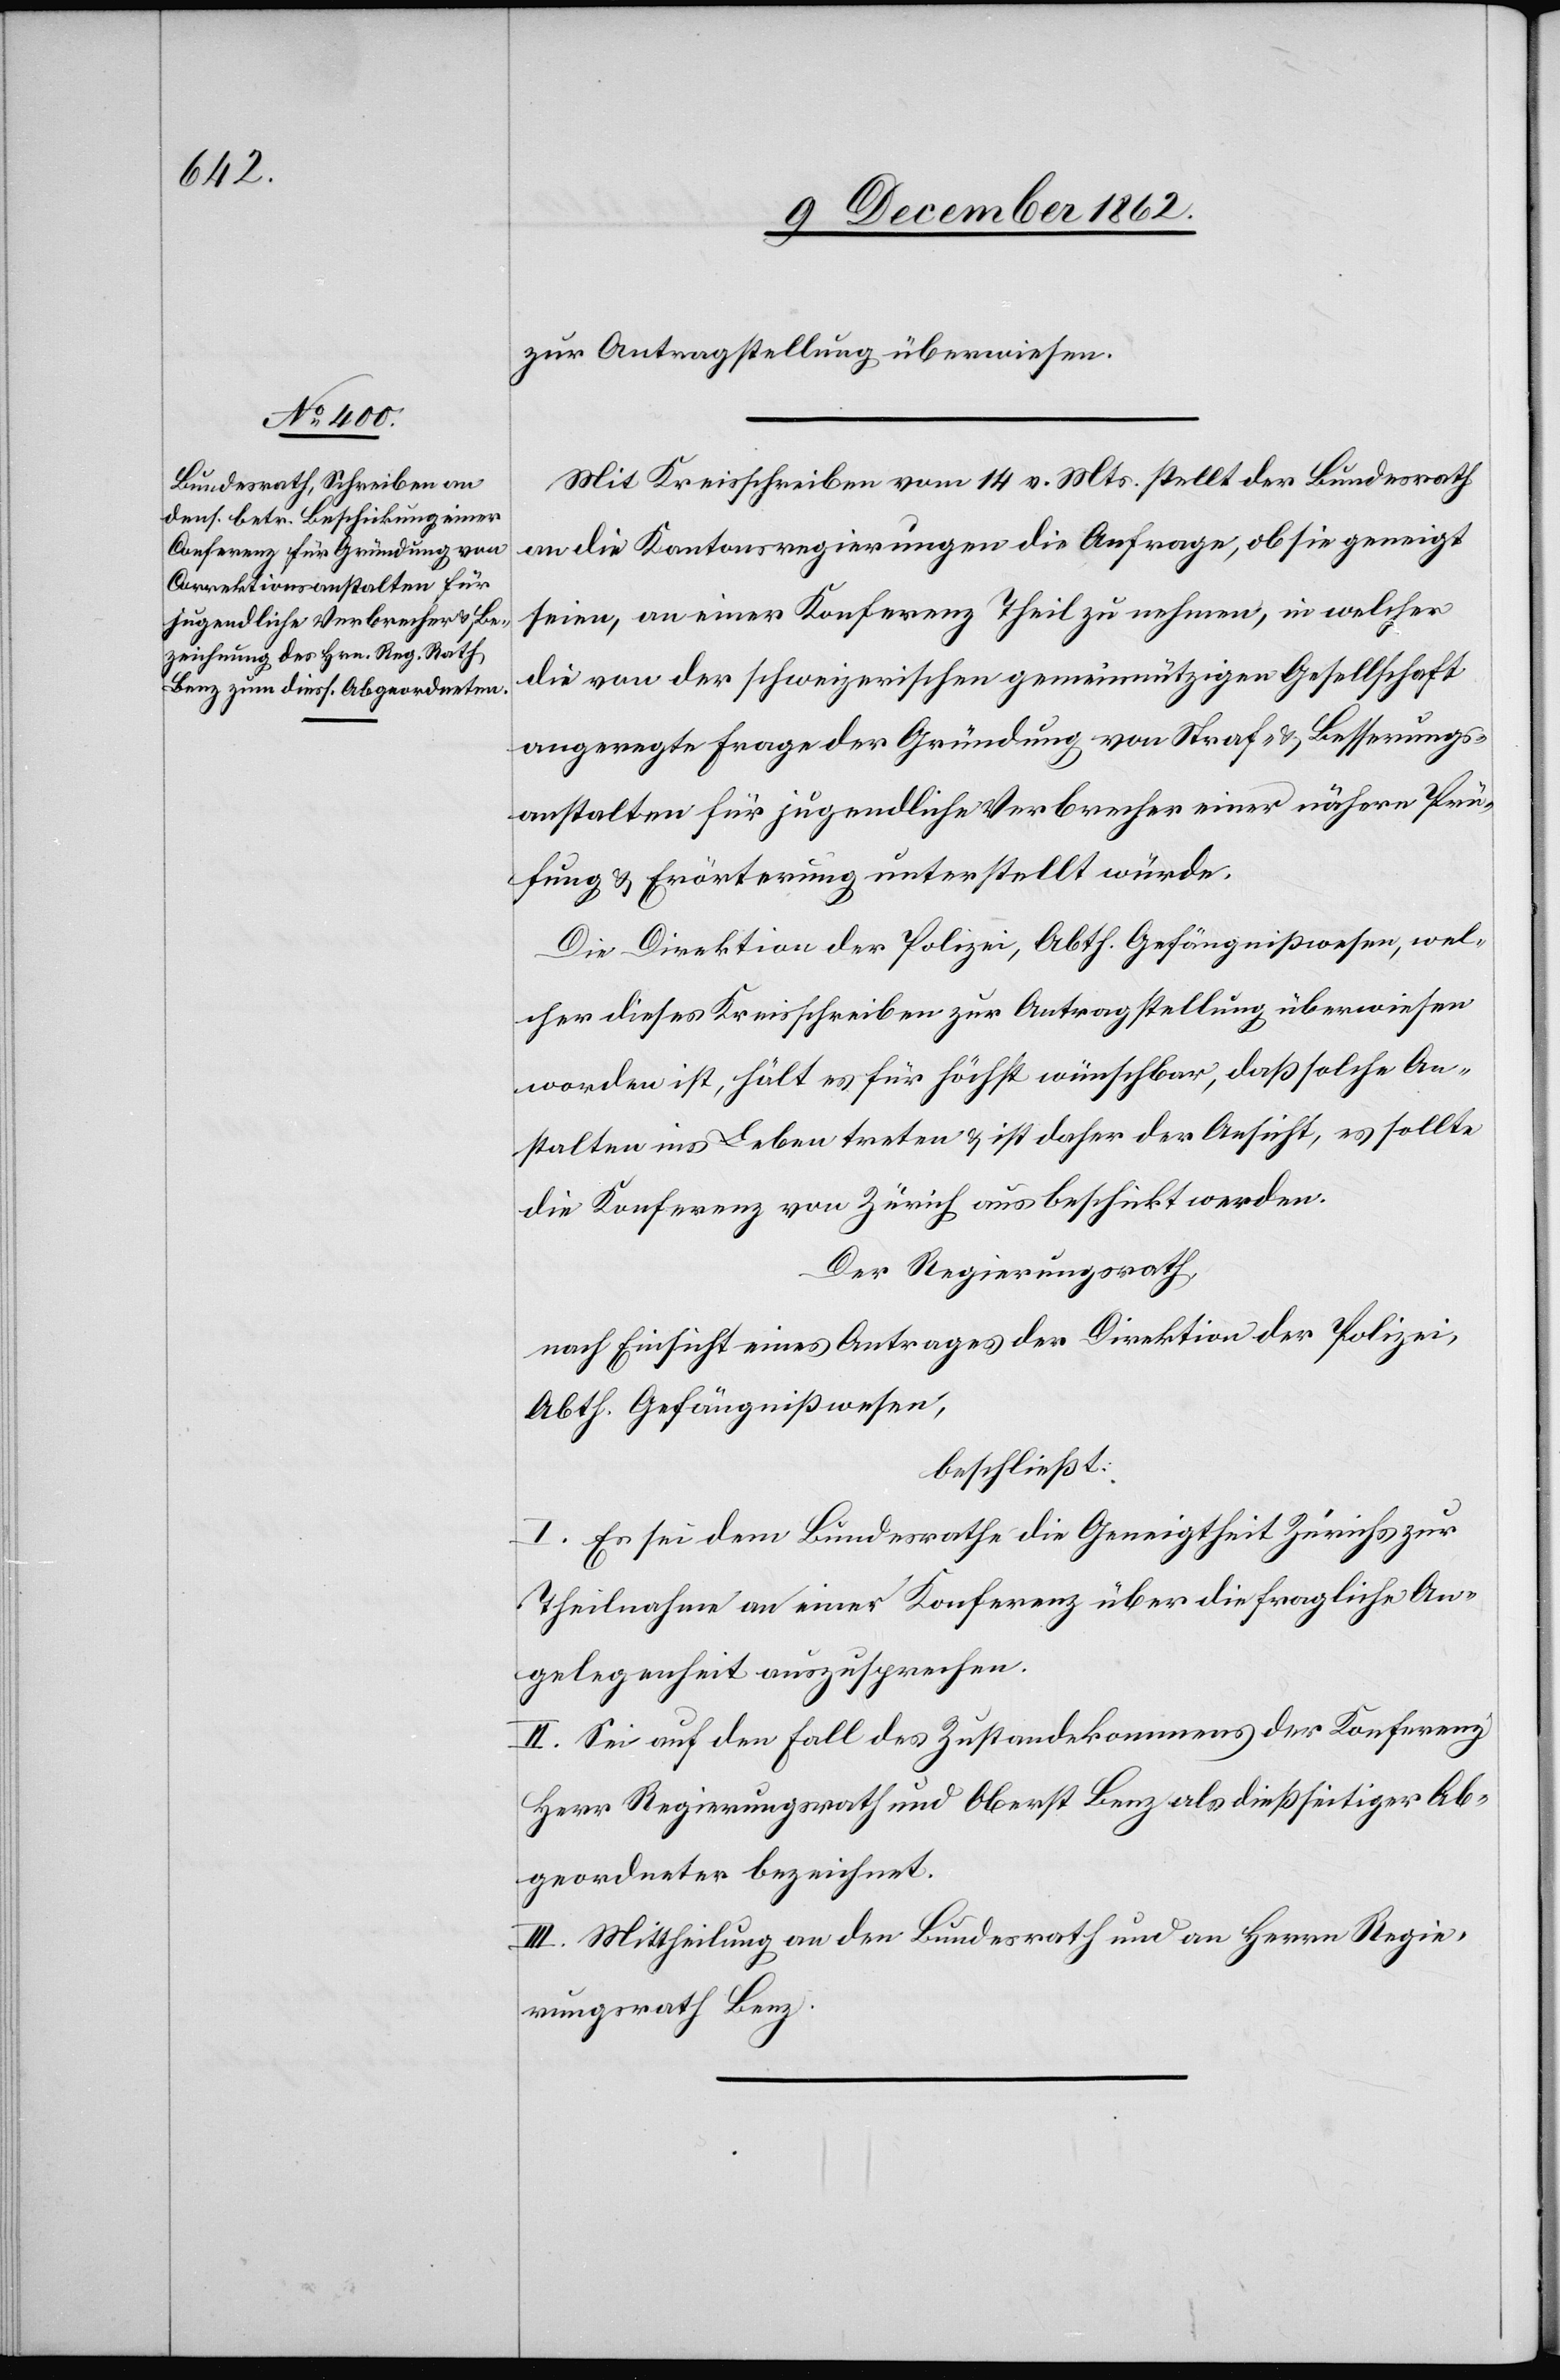
zur Antragstellung überwiesen.
Mit Kreisschreiben vom 14. v. Mts. stellt der Bundesrath
an die Kantonsregierungen die Anfrage, ob sie geneigt
seien, an einer Konferenz Theil zunehmen, in welcher
die von der schweizerischen gemeinnützigen Gesellschaft
angeregte Frage der Gründung von Straf- u. Besserungs¬
anstalten für jugendliche Verbrecher einer nähern Prü¬
fung u. Erörterung unterstellt würde.
Die Direktion der Polizei, Abth. Gefängnißwesen, wel¬
cher dieses Kreisschreiben zur Antragstellung überwiesen
worden ist, hält es für höchst wünschbar, daß solche An¬
stalten ins Leben treten u. ist daher der Ansicht, es sollte
die Konferenz von Zürich aus beschickt werden.
Der Regierungsrath,
nach Einsicht eines Antrages der Direktion der Polizei,
Abth. Gefängnißwesen,
beschließt:
I. Es sei dem Bundesrathe die Geneigtheit Zürichs zur
Theilnahme an einer Konferenz über die fragliche An¬
gelegenheit auszusprechen.
II. Sei auf den Fall des Zustandekommens der Konferenz
Herr Regierungsrath und Oberst Benz als dießseitiger Ab¬
geordneter bezeichnet.
III. Mittheilung an den Bundesrath und an Herrn Regie¬
rungsrath Benz.